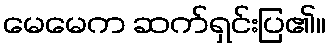
မေမေက ဆက်ရှင်းပြ၏။